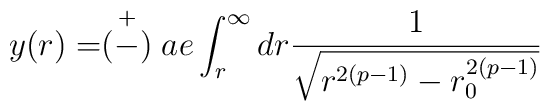
y(r)=\stackrel{+}{(-)}ae\int^{\infty}_rdr\frac{1}{\sqrt{r^{2(p-1)}-r^{2(p-1)}_0}}